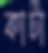
কাটা